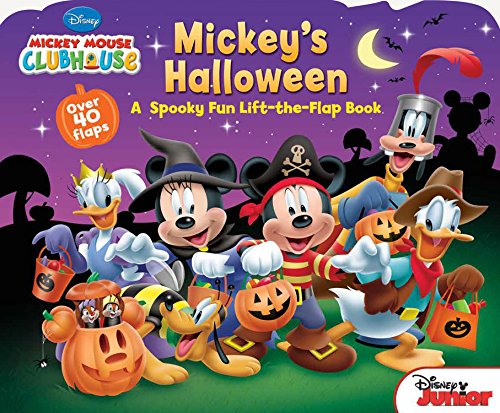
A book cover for Mickey Mouse Clubhouse Mickey's Halloween; Disney Book Group; Children's Books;